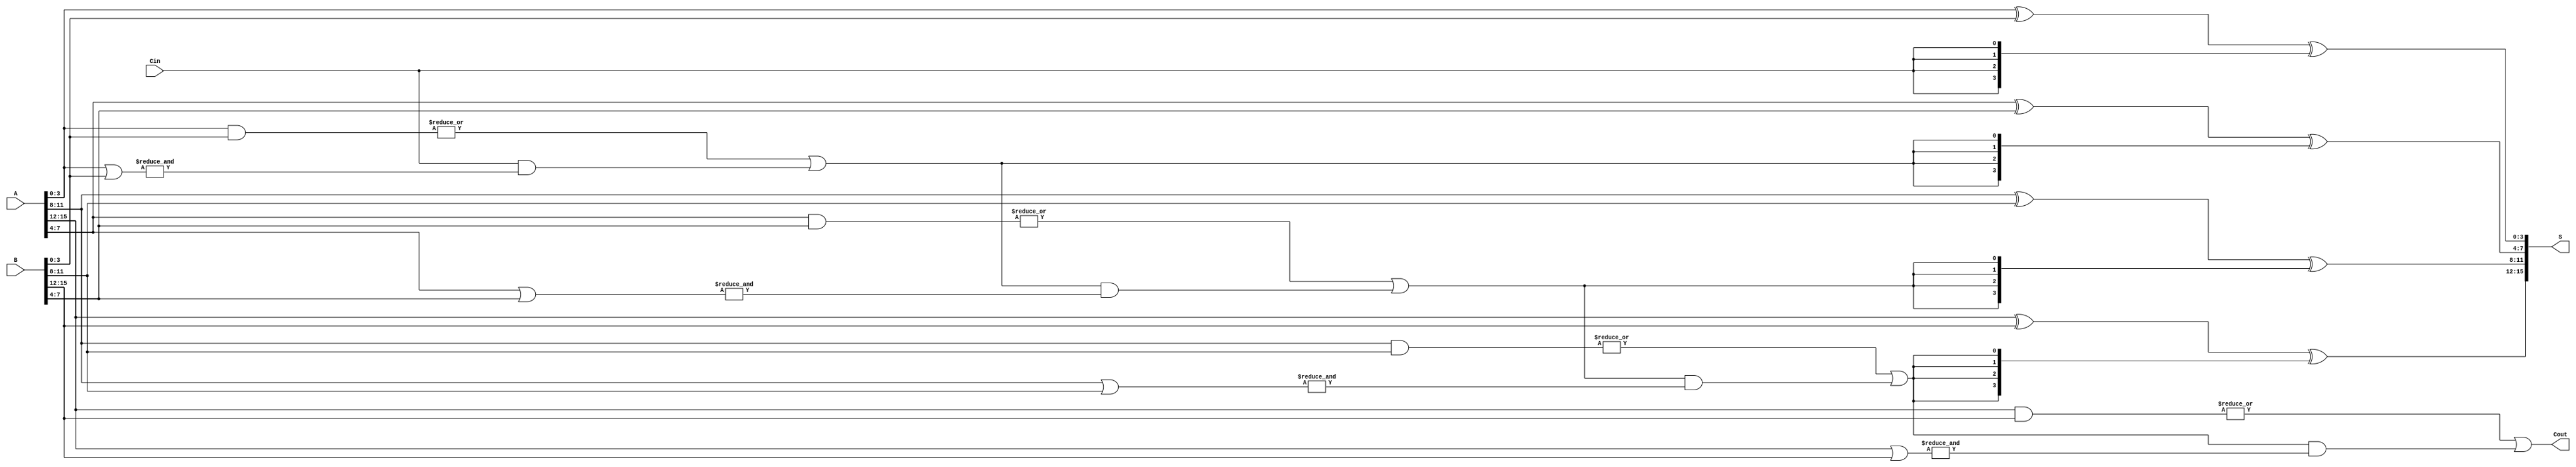
module PrecomputationCarryAdder #(parameter N = 16, // Total number of bits
                                  parameter G = 4   // Group size
                                 )
(
    input  [N-1:0] A,      // First n-bit input
    input  [N-1:0] B,      // Second n-bit input
    input          Cin,     // Carry-in
    output [N-1:0] S,      // Sum output
    output         Cout     // Carry-out
);

    // Number of groups
    localparam NUM_GROUPS = N / G;

    // Carry generation and propagation
    wire [NUM_GROUPS-1:0] C_out; // Carry out for each group
    wire [NUM_GROUPS-1:0] C_gen;  // Carry generate for each group
    wire [NUM_GROUPS-1:0] C_prop;  // Carry propagate for each group

    // Generate and propagate logic for each group
    genvar i;
    generate
        for (i = 0; i < NUM_GROUPS; i = i + 1) begin : carry_gen_prop
            wire [G-1:0] A_group = A[i*G +: G];
            wire [G-1:0] B_group = B[i*G +: G];

            // Carry generate and propagate
            assign C_gen[i] = |(A_group & B_group); // Generate if any bit in A and B is 1
            assign C_prop[i] = &(A_group | B_group); // Propagate if all bits in A or B are 1

            // Carry out for the group
            if (i == 0) begin
                assign C_out[i] = C_gen[i] | (Cin & C_prop[i]);
            end else begin
                assign C_out[i] = C_gen[i] | (C_out[i-1] & C_prop[i]);
            end
        end
    endgenerate

    // Sum calculation
    generate
        for (i = 0; i < NUM_GROUPS; i = i + 1) begin : sum_calc
            wire [G-1:0] A_group = A[i*G +: G];
            wire [G-1:0] B_group = B[i*G +: G];
            wire carry_in = (i == 0) ? Cin : C_out[i-1];

            assign S[i*G +: G] = A_group ^ B_group ^ {G{carry_in}};
        end
    endgenerate

    // Final carry-out
    assign Cout = C_out[NUM_GROUPS-1];

endmodule